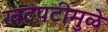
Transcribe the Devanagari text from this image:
खटपटीमुळे